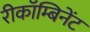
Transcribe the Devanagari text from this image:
रीकॉम्बिनेंट